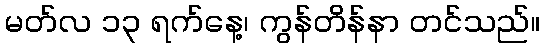
မတ်လ ၁၃ ရက်နေ့၊ ကွန်တိန်နာ တင်သည်။